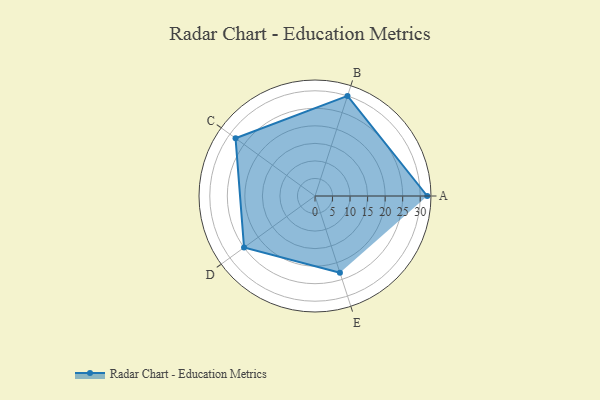
{"axis": {"x": "Skill", "y": "Score"}, "legend": ["Profile"], "data": [{"x": "A", "y": 32.0, "type": "Profile"}, {"x": "B", "y": 30.0, "type": "Profile"}, {"x": "C", "y": 28.0, "type": "Profile"}, {"x": "D", "y": 25.0, "type": "Profile"}, {"x": "E", "y": 23.0, "type": "Profile"}]}